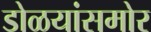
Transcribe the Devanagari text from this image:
डोळयांसमोर